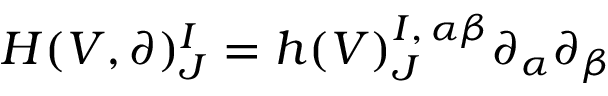
H ( V , \partial ) _ { J } ^ { I } = h ( V ) _ { J } ^ { I , \, \alpha \beta } \partial _ { \alpha } \partial _ { \beta }